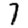
Digit: 7